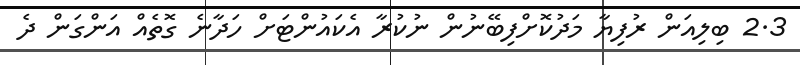
2.3 ބިލިއަން ރުފިޔާ މަދުކޮށްފިބޭނުން ނުކުރާ އެކައުންްޓަށް ހަދާނެ ގޮތެއް އަންގަން ދެ